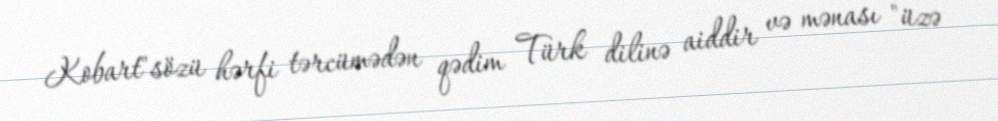
Kobart"sözü hərfi tərcümədən qədim Türk dilinə aiddir və mənası "üzə